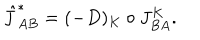
{ \hat { J } } _ { A B } ^ { \ast } = ( - D ) _ { K } \circ J _ { B A } ^ { K } .